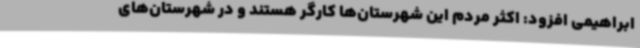
ابراهیمی افزود: اکثر مردم این شهرستان‌ها کارگر هستند و در شهرستان‌های